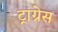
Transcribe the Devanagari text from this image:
ट्रांग्रेस